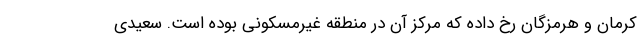
کرمان و هرمزگان رخ داده که مرکز آن در منطقه غیرمسکونی بوده است. سعیدی